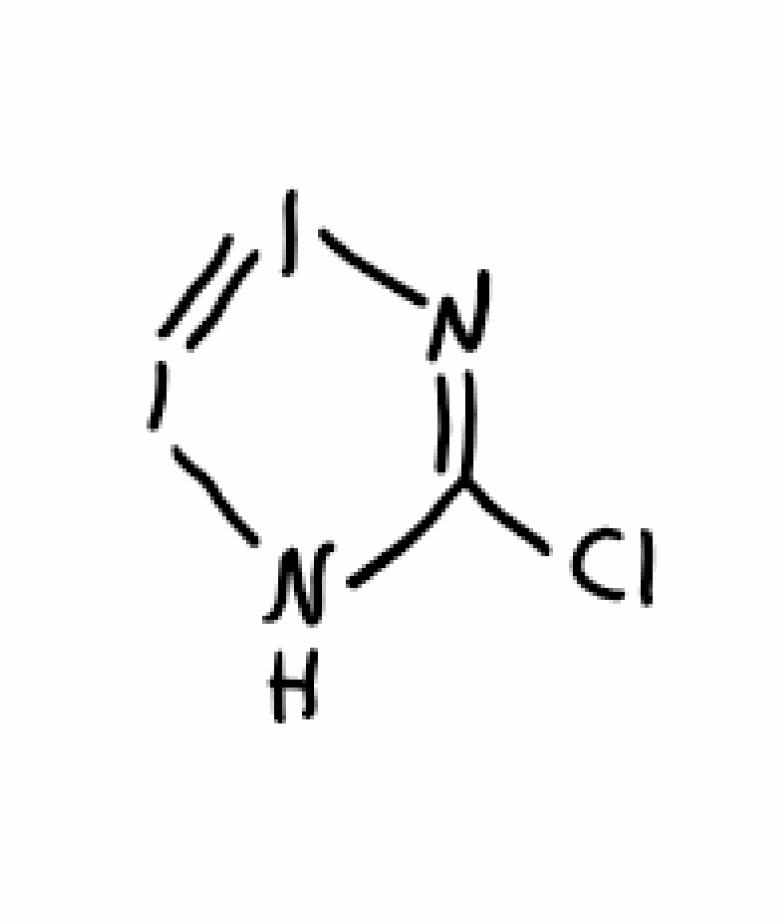
Simplified molecular-input line-entry system (SMILES) notation of the given molecule:
C1(=NI=IN1)Cl